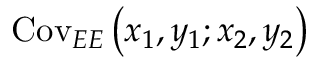
\mathrm { C o v } _ { E E } \left( x _ { 1 } , y _ { 1 } ; x _ { 2 } , y _ { 2 } \right)